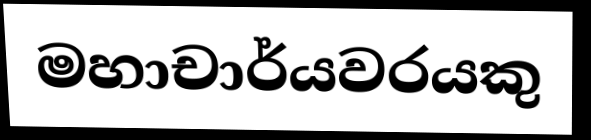
මහාචාර්යවරයකු